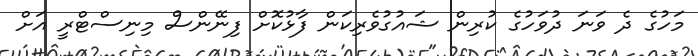
މަހުގެ ދެ ވަނަ ދުވަހުގެ ކުރިން ޝައުގުވެރިކަން ފާޅުކޮށް ފިނޭންސް މިނިސްޓްރީ އަށް